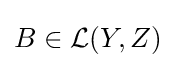
B\in {\mathcal {L}}(Y,Z)